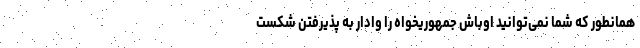
همانطور که شما نمی‌توانید اوباش جمهوریخواه را وادار به پذیرفتن شکست